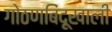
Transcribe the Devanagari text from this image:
गोठणबिंदूखाली